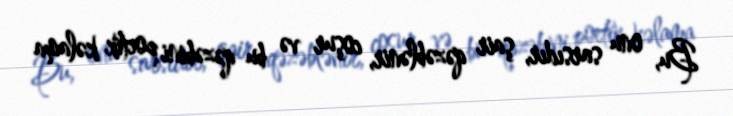
Bu, onu sarsıdır, şair qəzəblənir, coşur və bu qəzəbini poetik kəlama